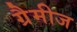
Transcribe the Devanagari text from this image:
ग्रैमीज